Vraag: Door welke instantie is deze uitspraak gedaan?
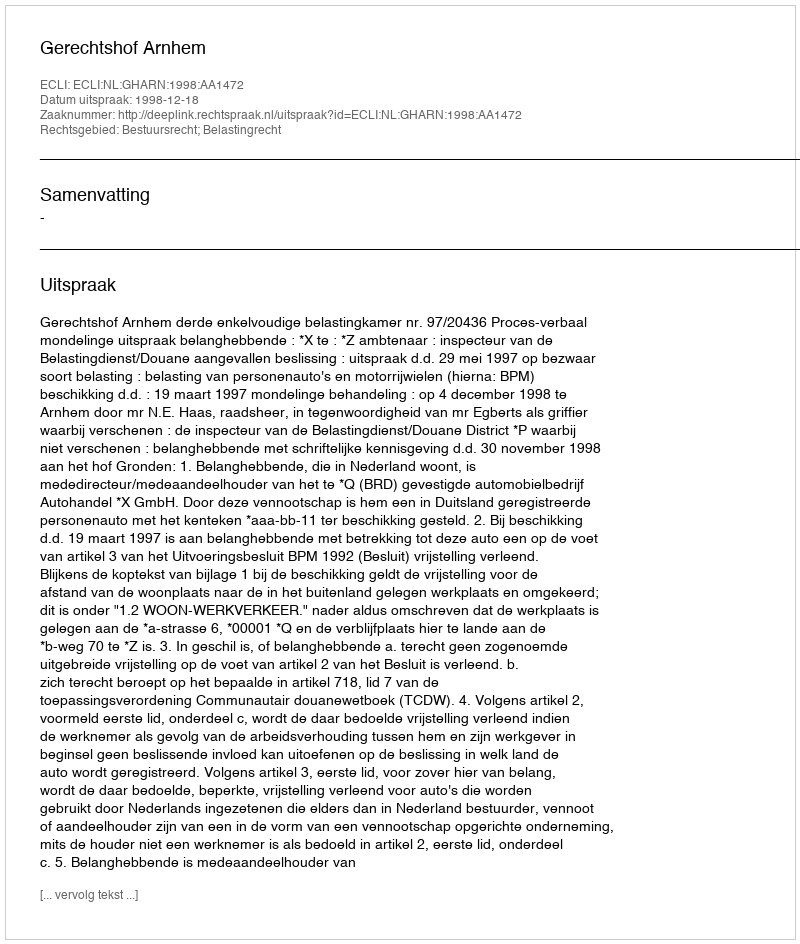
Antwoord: Gerechtshof Arnhem